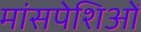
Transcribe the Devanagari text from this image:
मांसपेशिओं